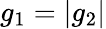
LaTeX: g_{1}=|g_{2}|